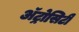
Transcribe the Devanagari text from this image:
अॅट्रोसिटी